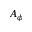
A _ { \phi }